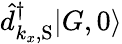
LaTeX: \hat{d}_{k_{x},\mathrm{S}}^{\dagger}|G,0\rangle